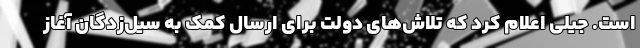
است. جیلی اعلام کرد که تلاش‌های دولت برای ارسال کمک به سیل‌زدگان آغاز